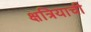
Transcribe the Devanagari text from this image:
क्षत्रियाची